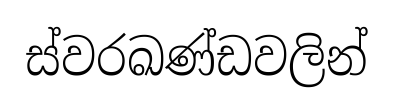
ස්වරඛණ්ඩවලින්